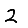
Digit: 2